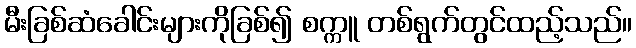
မီးခြစ်ဆံခေါင်းများကိုခြစ်၍ စက္ကူ တစ်ရွက်တွင်ထည့်သည်။